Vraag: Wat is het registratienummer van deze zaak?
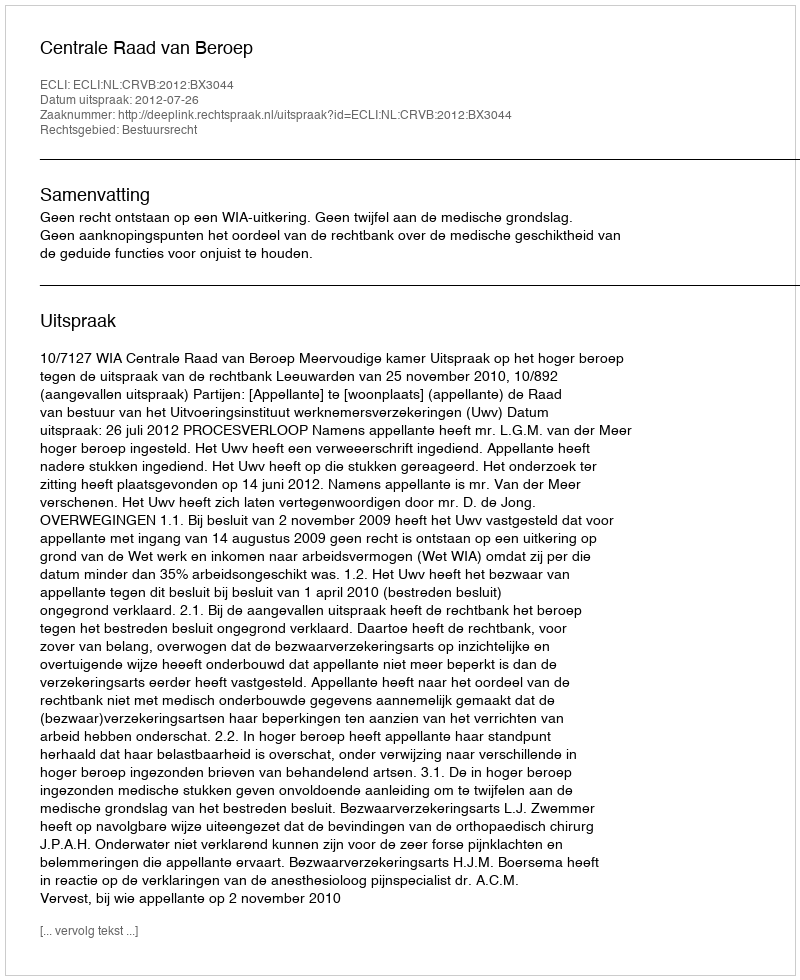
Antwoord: http://deeplink.rechtspraak.nl/uitspraak?id=ECLI:NL:CRVB:2012:BX3044